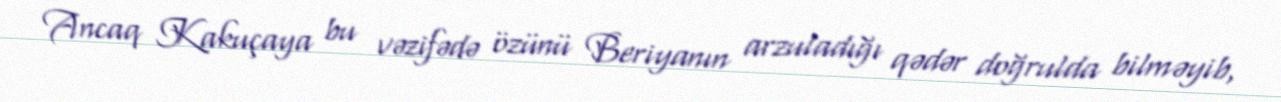
Ancaq Kakuçaya bu vəzifədə özünü Beriyanın arzuladığı qədər doğrulda bilməyib,